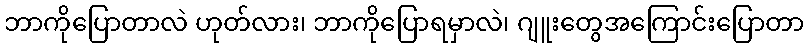
ဘာကိုပြောတာလဲ ဟုတ်လား၊ ဘာကိုပြောရမှာလဲ၊ ဂျူးတွေအကြောင်းပြောတာ